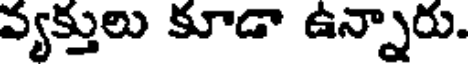
వ్యక్తులు కూడా ఉన్నారు.